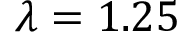
\lambda = 1 . 2 5